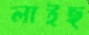
লাইছ